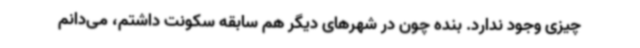
چیزی وجود ندارد. بنده چون در شهرهای دیگر هم سابقه سکونت داشتم، می‌دانم